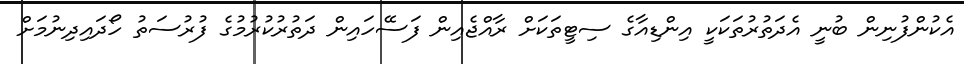
އެކުންފުނިން ބުނީ އެދަތުރުތަކަކީ އިންޑިއާގެ ސިޓީތަކަށް ރާއްޖެއިން ފަސޭހައިން ދަތުރުކުރުމުގެ ފުރުސަތު ހޯދައިދިނުމަށް